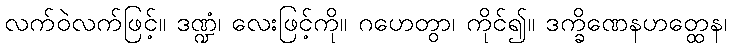
လက်ဝဲလက်ဖြင့်။ ဒဏ္ဍံ၊ လေးဖြင့်ကို။ ဂဟေတွာ၊ ကိုင်၍။ ဒက္ခိဏေနဟတ္ထေန၊